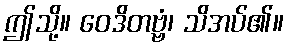
ဤသို့။ ဝေဒိတဗ္ဗံ၊ သိအပ်၏။